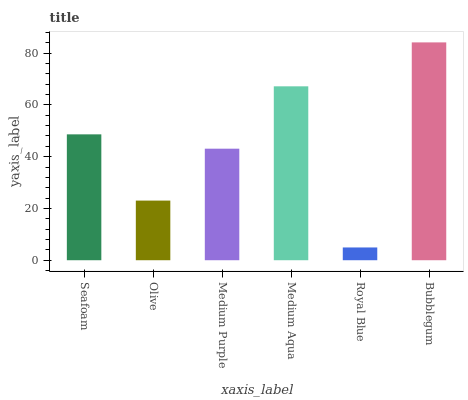
| xaxis_label | bars |
 | --- | --- |
 | Seafoam | 48.6 |
 | Olive | 23 |
 | Medium Purple | 43.1 |
 | Medium Aqua | 67.2 |
 | Royal Blue | 4.93 |
 | Bubblegum | 84.1 |